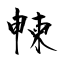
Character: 朄